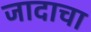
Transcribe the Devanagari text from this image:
जादाचा